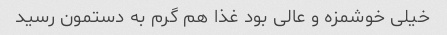
خیلی خوشمزه و عالی بود غذا هم گرم به دستمون رسید